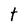
Character: t